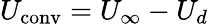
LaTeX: U_{\mathrm{conv}}=U_{\infty}-U_{d}